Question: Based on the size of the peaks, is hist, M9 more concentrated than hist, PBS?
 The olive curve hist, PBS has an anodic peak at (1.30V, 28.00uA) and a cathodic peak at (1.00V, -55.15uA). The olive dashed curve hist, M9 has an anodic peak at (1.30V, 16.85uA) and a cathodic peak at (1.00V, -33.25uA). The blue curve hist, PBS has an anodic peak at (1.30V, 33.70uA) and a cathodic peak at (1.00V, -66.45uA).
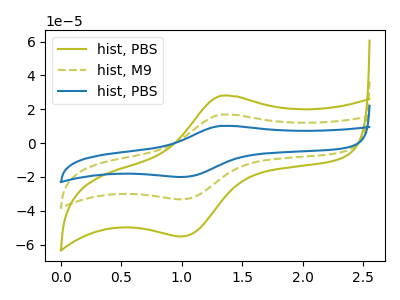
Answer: <think>All the peaks in "hist, PBS" have a peak in "hist, M9" at the same potential. Every peak in "hist, PBS" is higher than every peak in "hist, M9".
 </think>
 <answer>"hist, PBS" has more signal than "hist, M9" and so likely has a higher concentration.</answer>
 <eval>more_concentration</eval>